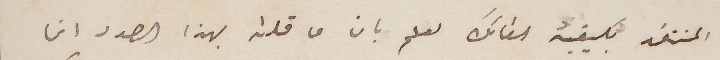
المنتقد بكيفية القائك لعلم بان ما قلته بهذا الصدد انما